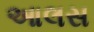
આલસ